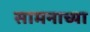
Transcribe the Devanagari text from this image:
सामनाच्या